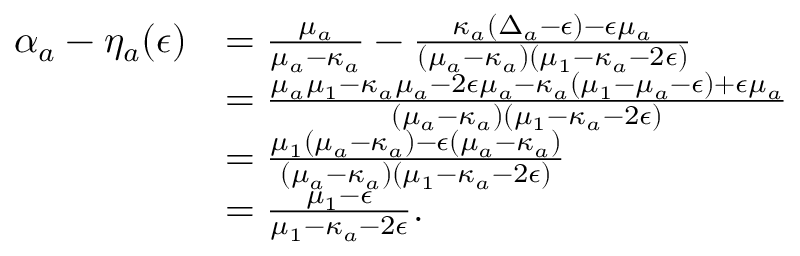
\begin{array} { r l } { \alpha _ { a } - \eta _ { a } ( \epsilon ) } & { = \frac { \mu _ { a } } { \mu _ { a } - \kappa _ { a } } - \frac { \kappa _ { a } ( \Delta _ { a } - \epsilon ) - \epsilon \mu _ { a } } { ( \mu _ { a } - \kappa _ { a } ) ( \mu _ { 1 } - \kappa _ { a } - 2 \epsilon ) } } \\ & { = \frac { \mu _ { a } \mu _ { 1 } - \kappa _ { a } \mu _ { a } - 2 \epsilon \mu _ { a } - \kappa _ { a } ( \mu _ { 1 } - \mu _ { a } - \epsilon ) + \epsilon \mu _ { a } } { ( \mu _ { a } - \kappa _ { a } ) ( \mu _ { 1 } - \kappa _ { a } - 2 \epsilon ) } } \\ & { = \frac { \mu _ { 1 } ( \mu _ { a } - \kappa _ { a } ) - \epsilon ( \mu _ { a } - \kappa _ { a } ) } { ( \mu _ { a } - \kappa _ { a } ) ( \mu _ { 1 } - \kappa _ { a } - 2 \epsilon ) } } \\ & { = \frac { \mu _ { 1 } - \epsilon } { \mu _ { 1 } - \kappa _ { a } - 2 \epsilon } . } \end{array}